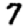
Digit: 7